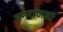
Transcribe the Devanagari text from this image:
वनराजका